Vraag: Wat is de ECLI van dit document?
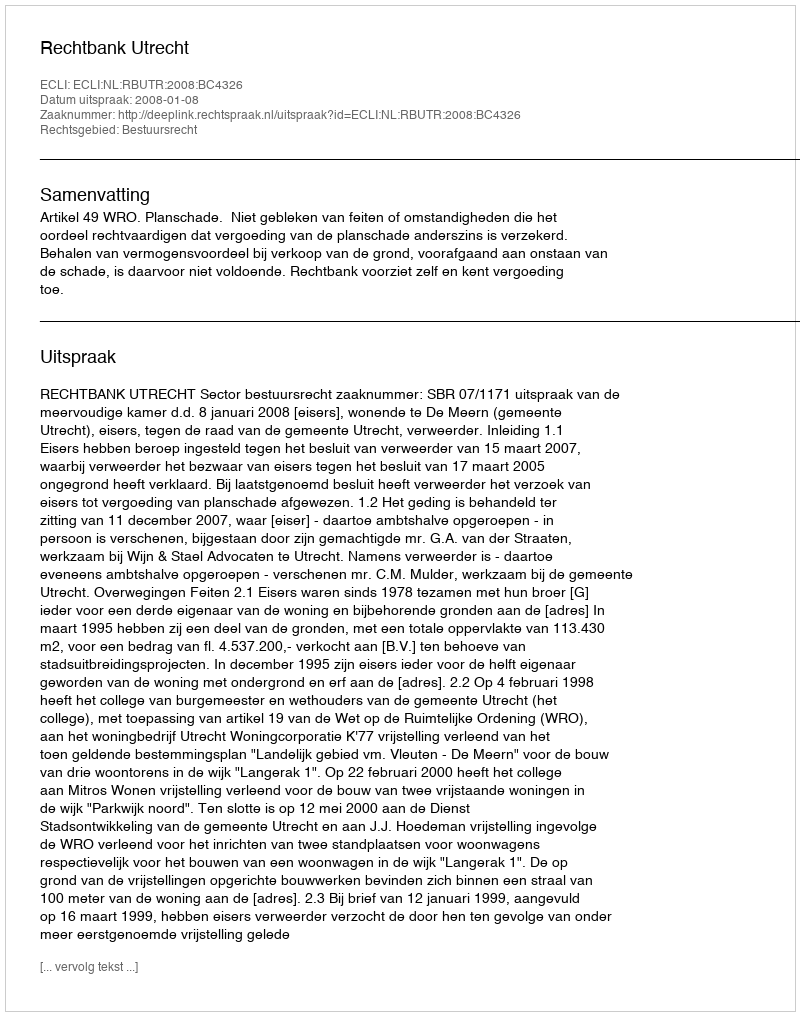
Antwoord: ECLI:NL:RBUTR:2008:BC4326